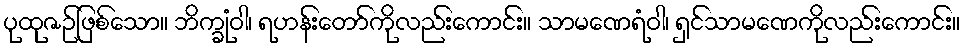
ပုထုဇဉ်ဖြစ်သော။ ဘိက္ခုံဝါ၊ ရဟန်းတော်ကိုလည်းကောင်း။ သာမဏေရံဝါ၊ ရှင်သာမဏေကိုလည်းကောင်း။